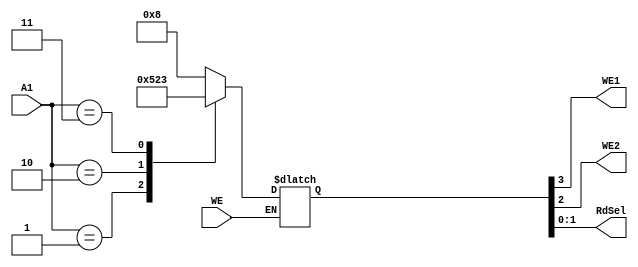
`timescale 1ns / 1ps
module AddressDecodeFact(A1,WE,WE1,WE2,RdSel);
input [1:0] A1;
input WE;
output WE1,WE2;
output [1:0] RdSel;
reg [3:0] cw;
assign {WE1,WE2,RdSel} = cw;
always@(*)
begin
 if(WE)
    case(A1)
        2'b00:cw = 4'b1000;
        2'b01:cw = 4'b0101;
        2'b10:cw = 4'b0010;
        2'b11:cw = 4'b0011;
     endcase 
  end
endmodule